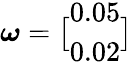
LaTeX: \boldsymbol{\omega}=\bigl[\begin{array}{l}{0.05}\\ {0.02}\end{array}\bigr]